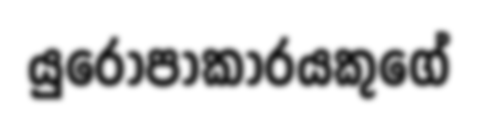
යුරෝපාකාරයකුගේ